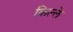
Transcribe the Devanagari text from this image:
किल्‍ले